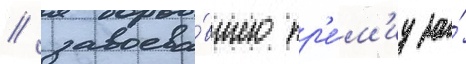
/ завоева́вшего пр'е́м'иу за́